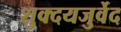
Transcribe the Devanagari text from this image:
शुक्दयजुर्वेद